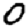
Digit: 0